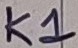
Text: K1